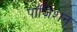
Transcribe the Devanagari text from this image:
पॉज़िशन